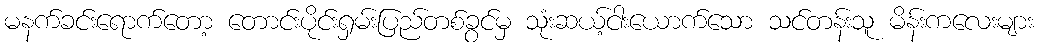
မနက်ခင်းရောက်တော့ တောင်းပိုင်းရှမ်းပြည်တစ်ခွင်မှ သုံးဆယ့်ငါးယောက်သော သင်တန်းသူ မိန်းကလေးများ